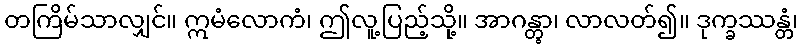
တကြိမ်သာလျှင်။ ဣမံလောကံ၊ ဤလူ့ပြည့်သို့။ အာဂန္တွာ၊ လာလတ်၍။ ဒုက္ခဿန္တံ၊